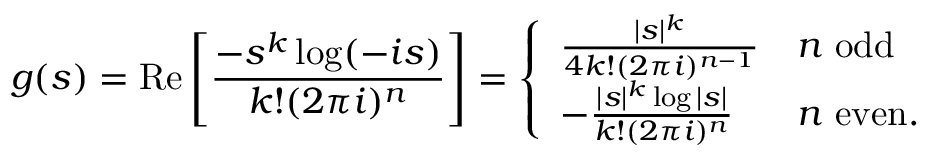
g ( s ) = \operatorname { R e } \left[ { \frac { - s ^ { k } \log ( - i s ) } { k ! ( 2 \pi i ) ^ { n } } } \right] = { \left\{ \begin{array} { l l } { { \frac { | s | ^ { k } } { 4 k ! ( 2 \pi i ) ^ { n - 1 } } } } & { n { \mathrm { ~ o d d } } } \\ { - { \frac { | s | ^ { k } \log | s | } { k ! ( 2 \pi i ) ^ { n } } } } & { n { \mathrm { ~ e v e n . } } } \end{array} \right. }